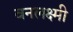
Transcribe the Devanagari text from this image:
वनलक्ष्मी